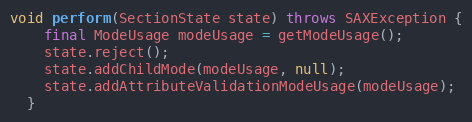
Language: Java
void perform(SectionState state) throws SAXException {
    final ModeUsage modeUsage = getModeUsage();
    state.reject();
    state.addChildMode(modeUsage, null);
    state.addAttributeValidationModeUsage(modeUsage);
  }